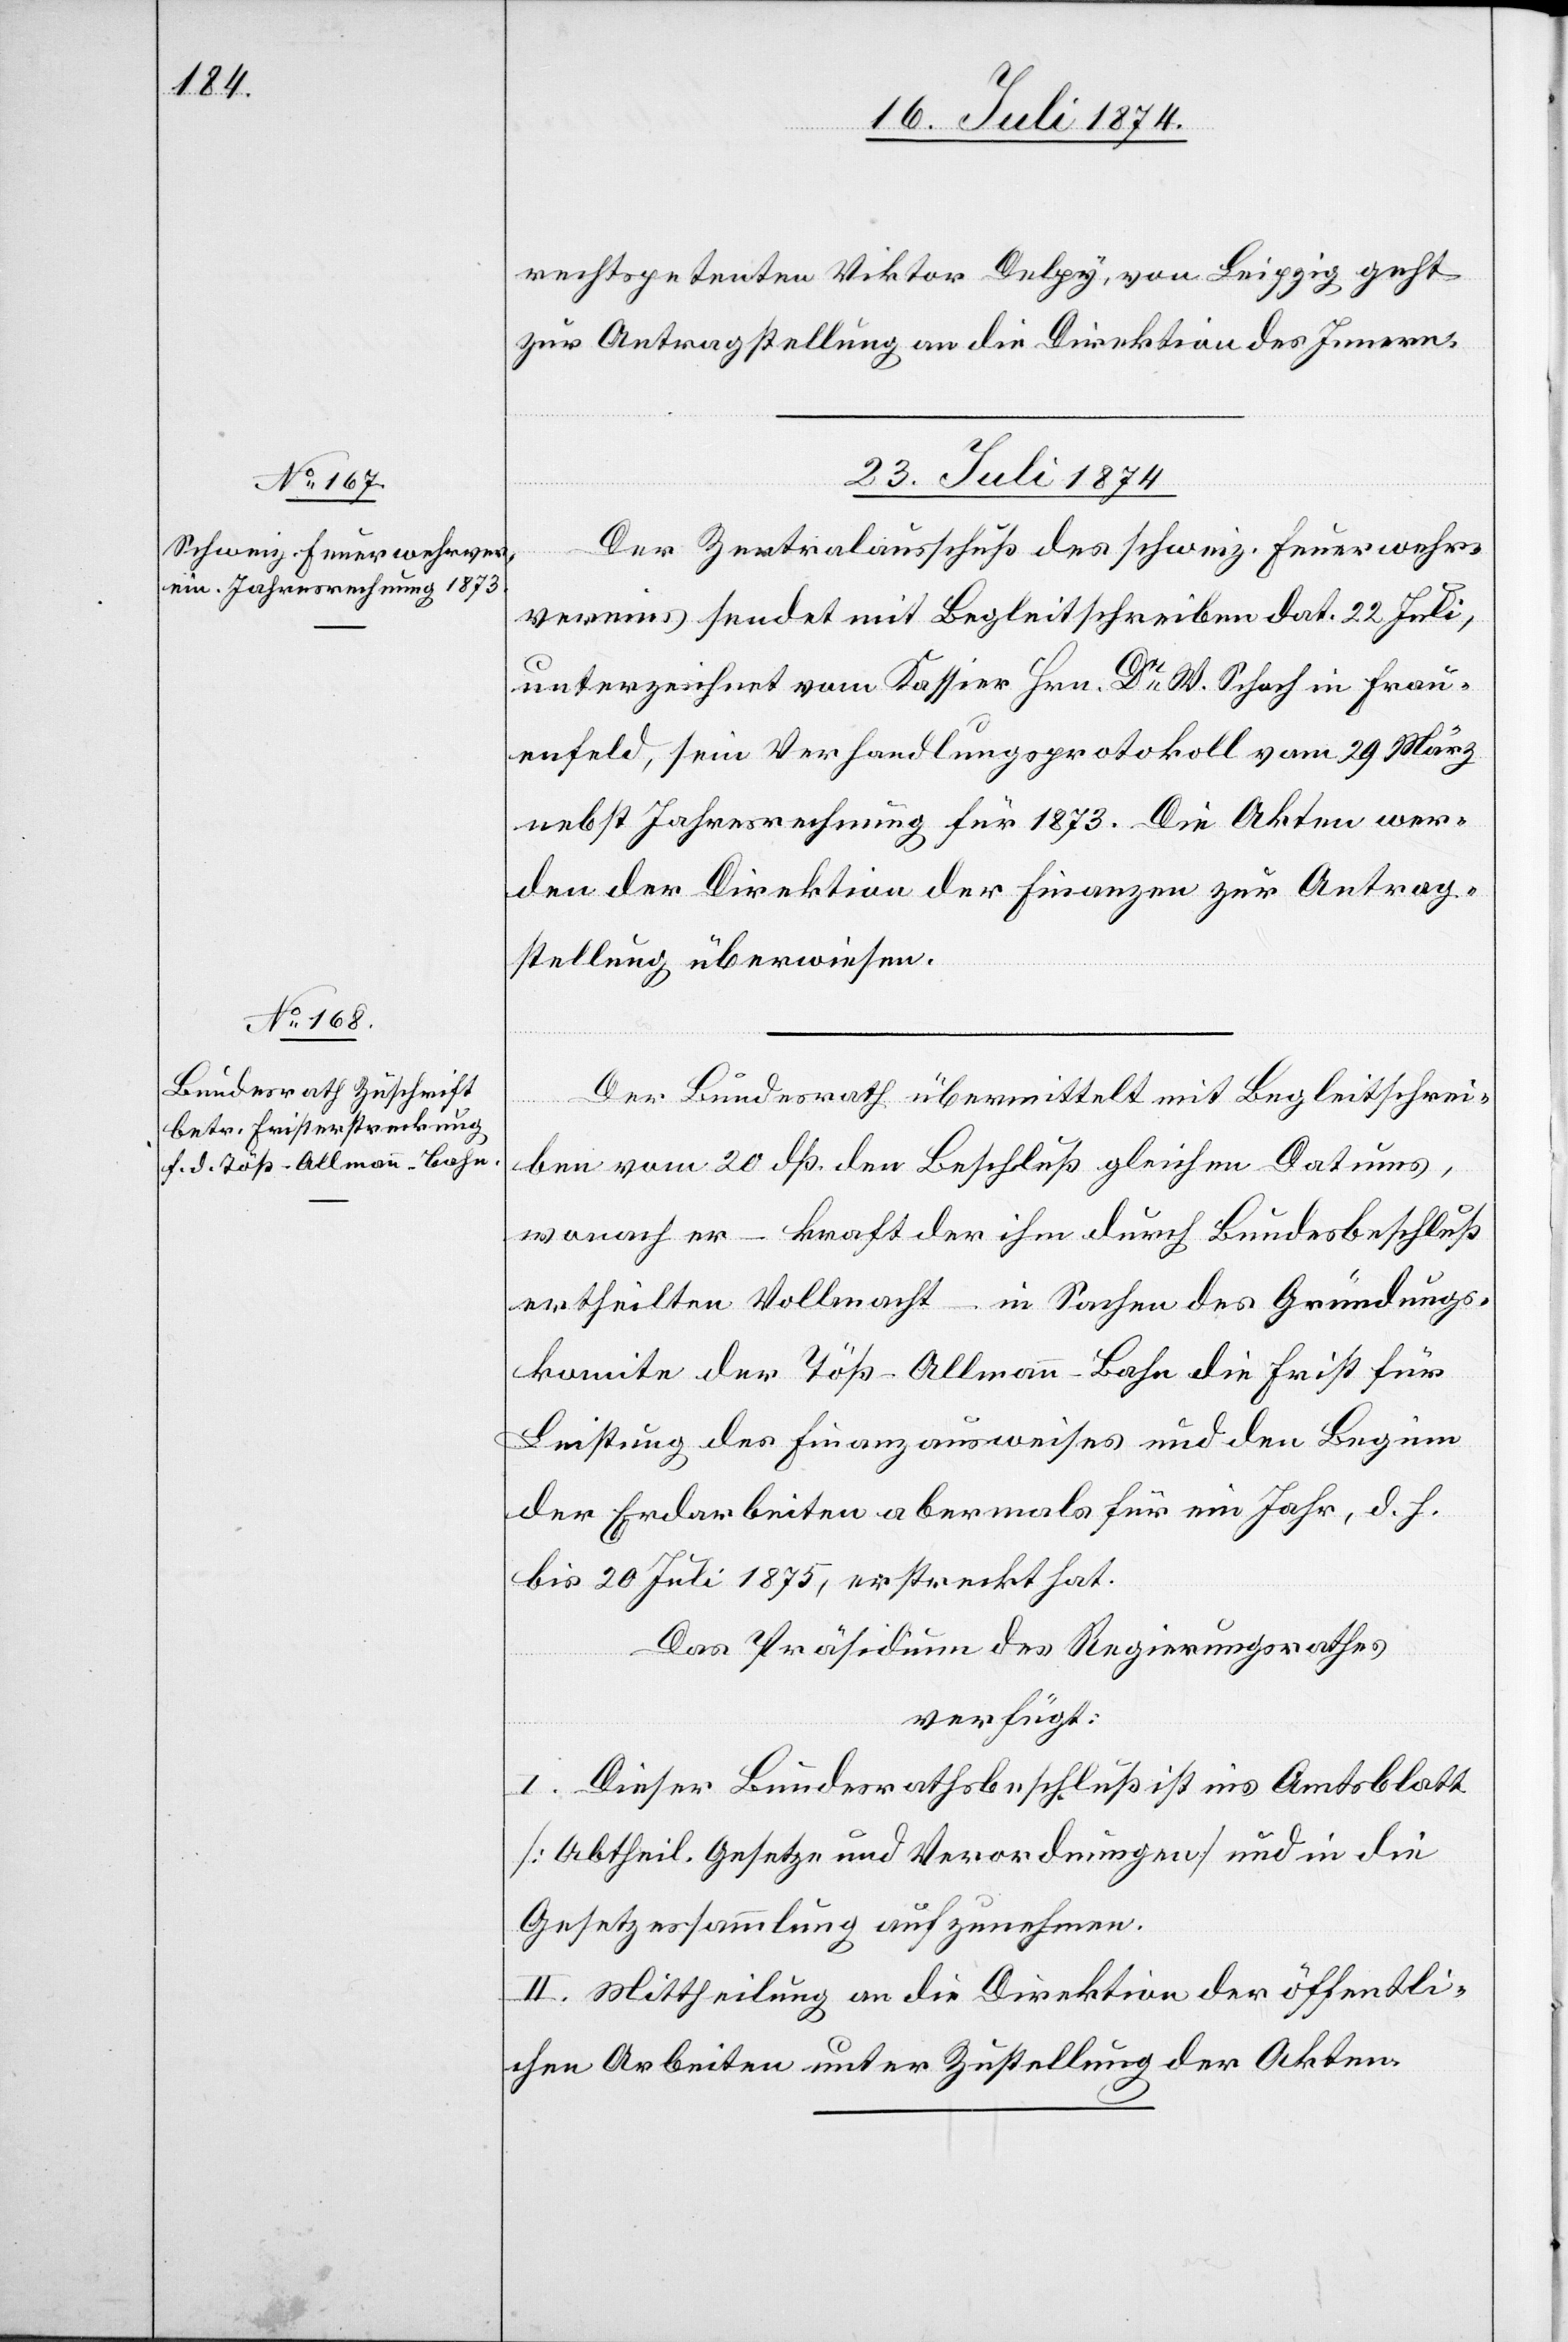
rechtspetenten Viktor Delpy [sic!], von Leipzig geht
zur Antragstellung an die Direktion des Innern.
23. Juli 1874.]
Der Zentralausschuß des schweiz. Feuerwehr¬
vereins sendet mit Begleitschreiben dat. 22 Juli,
unterzeichnet vom Kassier Hrn. Dr W. Schoch in Frau¬
enfeld, sein Verhandlungsprotokoll vom 29. März
nebst Jahresrechnung für 1873. Die Akten wer¬
den der Direktion der Finanzen zur Antrag¬
stellung überwiesen.
Der Bundesrath übermittelt mit Begleitschrei¬
ben vom 20. dß. den Beschluß gleichen Datums,
wonach er – kraft der ihm durch Bundesbeschluß
ertheilten Vollmacht – in Sachen des Gründungs¬
komite der Töß–Allmann-Bahn die Frist für
Leistung des Finanzausweises und den Beginn
der Erdarbeiten abermals für ein Jahr, d. h.
bis 20. Juli 1875, erstreckt hat.
Das Präsidium des Regierungsrathes
verfügt:
I. Dieser Bundesrathsbeschluß ist ins Amtsblatt
[Abtheil. Gesetze und Verordnungen] und in die
Gesetzessammlung aufzunehmen.
II. Mittheilung an die Direktion der öffentli¬
chen Arbeiten unter Zustellung der Akten.